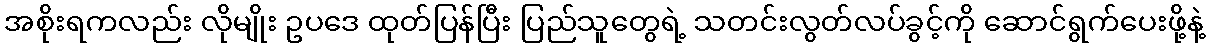
အစိုးရကလည်း လိုမျိုး ဥပဒေ ထုတ်ပြန်ပြီး ပြည်သူတွေရဲ့ သတင်းလွတ်လပ်ခွင့်ကို ဆောင်ရွက်ပေးဖို့နဲ့